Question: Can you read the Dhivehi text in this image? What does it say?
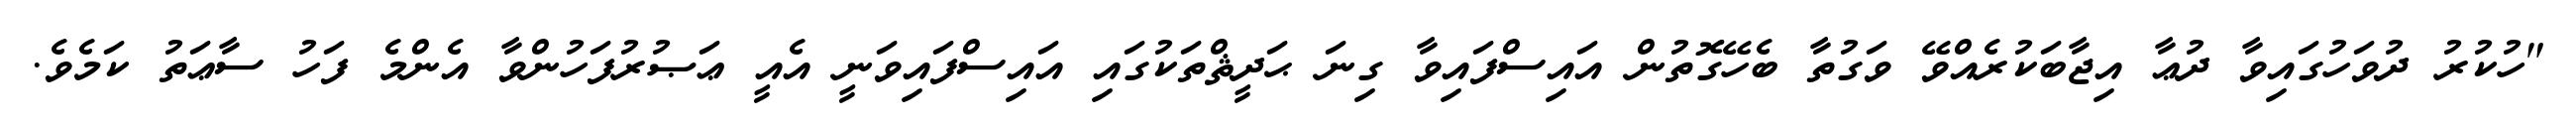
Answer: "ހުކުރު ދުވަހުގައިވާ ދުޢާ އިޖާބަކުރެއްވޭ ވަގުތާ ބެހޭގޮތުން އައިސްފައިވާ ގިނަ ޙަދީޘްތަކުގައި އައިސްފައިވަނީ އެއީ ޢަޞުރުފަހުންވާ އެންމެ ފަހު ސާޢަތު ކަމެވެ.